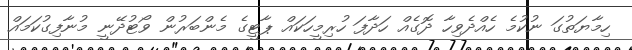
ހިމާޔަތުގަ ނުކުމެ ހެއްދެވިހާ ދޮގެއް ހަދާފަ ހުރިމީހަކައް ޕާޓީގެ މެންބަރުން ވޯޓުދޭނީ މުނާފިގުކަމައް